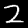
Label: 2